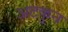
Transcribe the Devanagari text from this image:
अटकुन